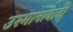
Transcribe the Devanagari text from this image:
उस्मानाबादी